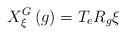
\begin{align*}X_{\xi }^{G}\left( g\right) =T_{e}R_{g}\xi \end{align*}